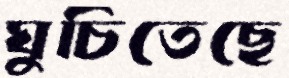
ঘুচিতেছে